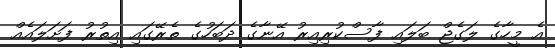
އެ މީހާގެ ލަގެޖް ބަލައި ފާސްކުރިއިރު އޭނާގެ ދަބަހުގެ ތެރޭގައި އިތުރު ފަށަލައެއް